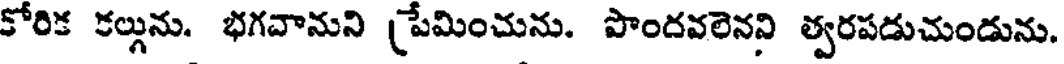
కోరిక కల్గును. భగవానుని (ప్రేమించును. పొందవలెనని త్వరపడుచుండును.